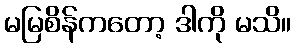
မမြစိန်ကတော့ ဒါကို မသိ။